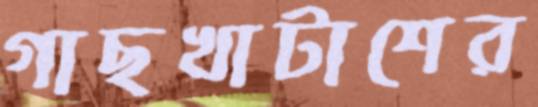
গাছখাটাশের